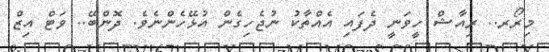
މިރޯރ.. ރިއާޝް ހީވަނީ ދެފައި އެއްތާކު ނުޖެހިގެން އުޅޭހެންނެވެ. ދޮންބޭ.. ވަޓް އިޒް